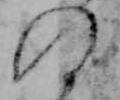
の